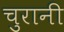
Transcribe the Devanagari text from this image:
चुरानी